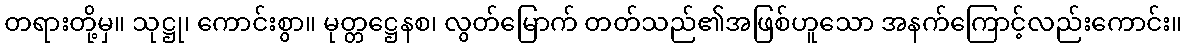
တရားတို့မှ။ သုဋ္ဌု၊ ကောင်းစွာ။ မုတ္တဋ္ဌေနစ၊ လွတ်မြောက် တတ်သည်၏အဖြစ်ဟူသော အနက်ကြောင့်လည်းကောင်း။